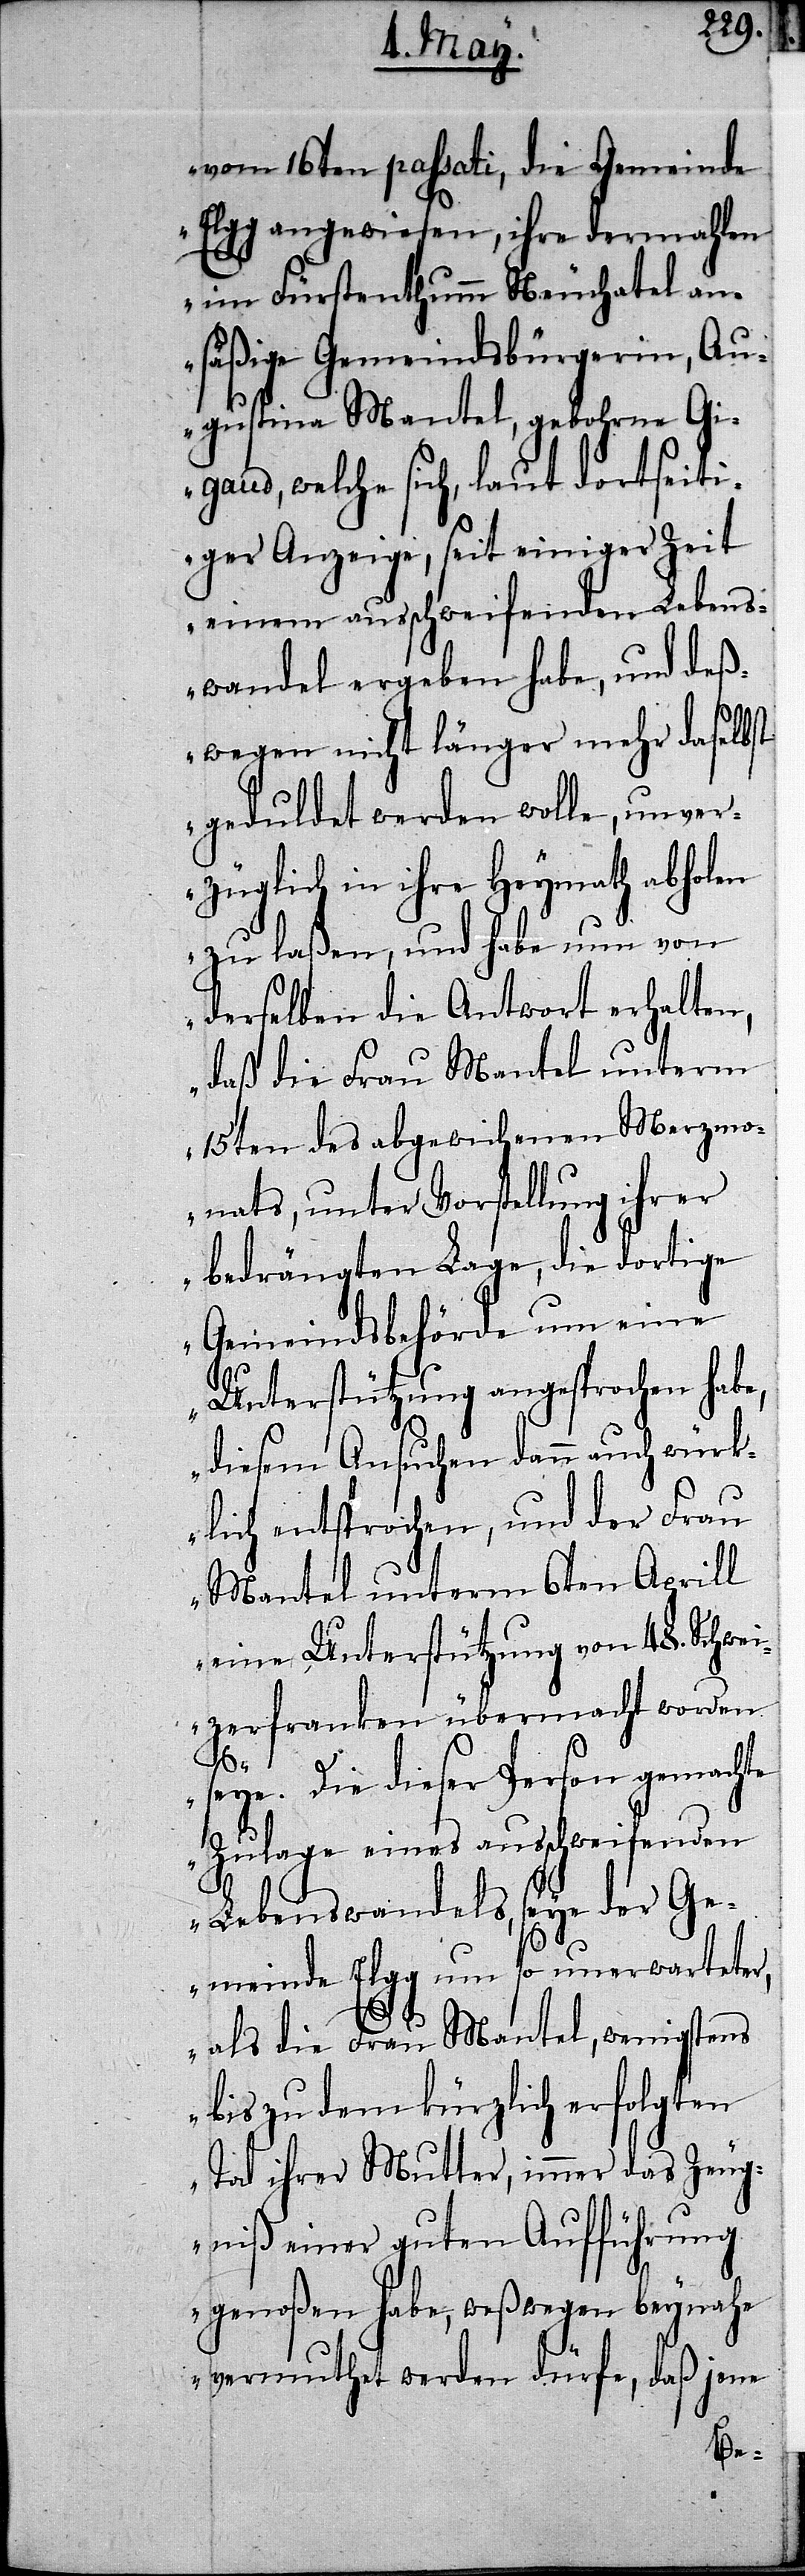
vom 16ten passati, die Gemeinde
Elgg angewiesen, ihre dermahlen
im Fürstenthumm Neuchatel an¬
säßige Gemeindsbürgerin, Au¬
gustina Mantel, gebohrne Gi¬
gaud, welche sich, laut dortseit¬
iger Anzeige, seit einiger Zeit
einem ausschweifenden Lebens¬
wandel ergeben habe, und deß¬
wegen nicht länger mehr daselbst
geduldet werden wolle, unver¬
züglich in ihre Heymath abholen
zu laßen, und habe nun von
derselben die Antwort erhalten,
daß die Frau Mantel unterm
15ten des abgewichenen Merzmo¬
nat, unter Vorstellung ihrer
bedrängten Lage, die dortige
Gemeindsbehörde um eine
Unterstützung angesprochen habe,
diesem Ansuchen dann auch würk¬
lich entsprochen, und der Frau
Mantel unterm 6ten Aprill
eine Unterstützung von 48. Schwei¬
zerfranken übermacht worden
seye. Die dieser Person gemachte
Zulage eines ausschweifenden
Lebenswandels, seye der Ge¬
meinde Elgg um so unerwarteter,
als die Frau Mantel, wenigstens
bis zu dem kürzlich erfolgten
Tod ihrer Mutter, immer das Zeug¬
niß einer guten Aufführung
genoßen habe, weßwegen beynahe
vermuthet werden dürfe, daß jene